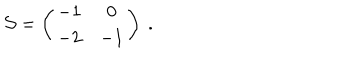
{ \cal S } = \left( \begin{matrix} { { - 1 } } & { { 0 } } \\ { { - 2 } } & { { - 1 } } \\ \end{matrix} \right) \ .